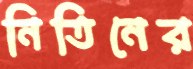
নিতিনের